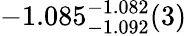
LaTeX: -1.085_{-1.092}^{-1.082}(3)